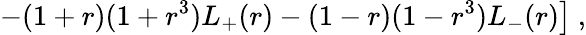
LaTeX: \left.-(1+r)(1+r^{3})L_{+}(r)-(1-r)(1-r^{3})L_{-}(r)\right]\ ,